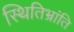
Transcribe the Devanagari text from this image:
स्थितिभ्रांति